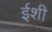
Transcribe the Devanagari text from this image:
ईशी